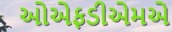
ઓએફડીએમએ